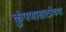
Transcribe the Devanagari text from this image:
कुंपणासाठीच्या